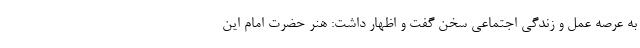
به عرصه عمل و زندگی اجتماعی سخن گفت و اظهار داشت: هنر حضرت امام این